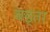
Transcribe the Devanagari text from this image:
बड्ता